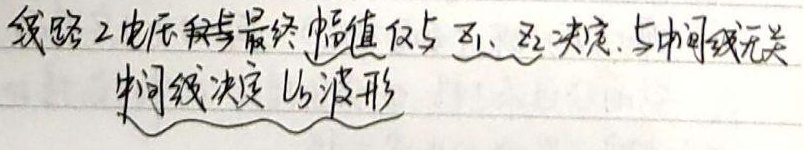
线路2电压波最终幅值仅与 \(Z_1、Z_2\) 决定，与中间线无关。\(\underbrace{中间线决定u_2波形}\)